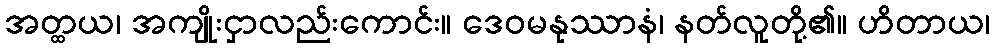
အတ္ထယ၊ အကျိုးငှာလည်းကောင်း။ ဒေဝမနုဿာနံ၊ နတ်လူတို့၏။ ဟိတာယ၊